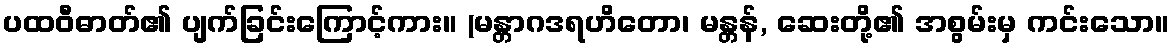
ပထဝီဓာတ်၏ ပျက်ခြင်းကြောင့်ကား။ (မန္တာဂဒရဟိတော၊ မန္တန်, ဆေးတို့၏ အစွမ်းမှ ကင်းသော။